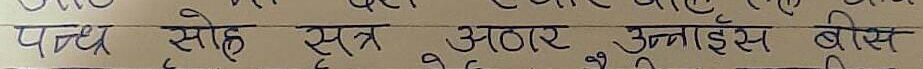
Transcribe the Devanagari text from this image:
पन्द्र सोह सत्र अठार उनाइस बीस